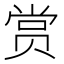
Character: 赏